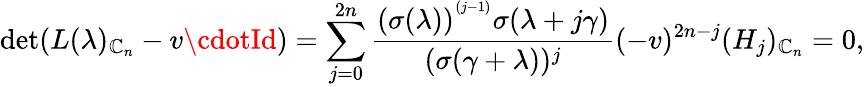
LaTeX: \operatorname*{d\mathrm{e}t}(L(\lambda)_{\mathbb{C}_{n}}-v\cdotId)=\sum_{j=0}^{2n}\frac{{(\sigma(\lambda))^{^{(j-1)}}\sigma(\lambda+j\gamma)}}{{(\sigma(\gamma+\lambda))^{j}}}(-v)^{2n-j}(H_{j})_{\mathbb{C}_{n}}=0,